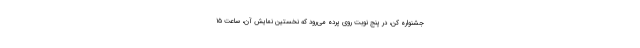
جشنواره کن، در پنج نوبت روی پرده می‌رود که نخستین نمایش آن، ساعت ۱۵